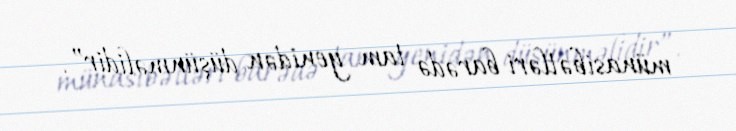
münasibətləri barədə tam yenidən düşünməlidir”.